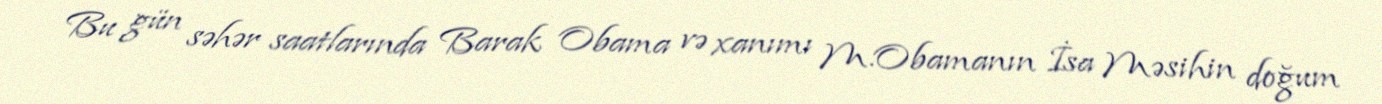
Bu gün səhər saatlarında Barak Obama və xanımı M.Obamanın İsa Məsihin doğum